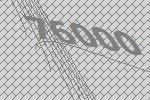
76000